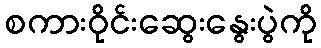
စကားဝိုင်းဆွေးနွေးပွဲကို